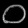
Digit: ၀